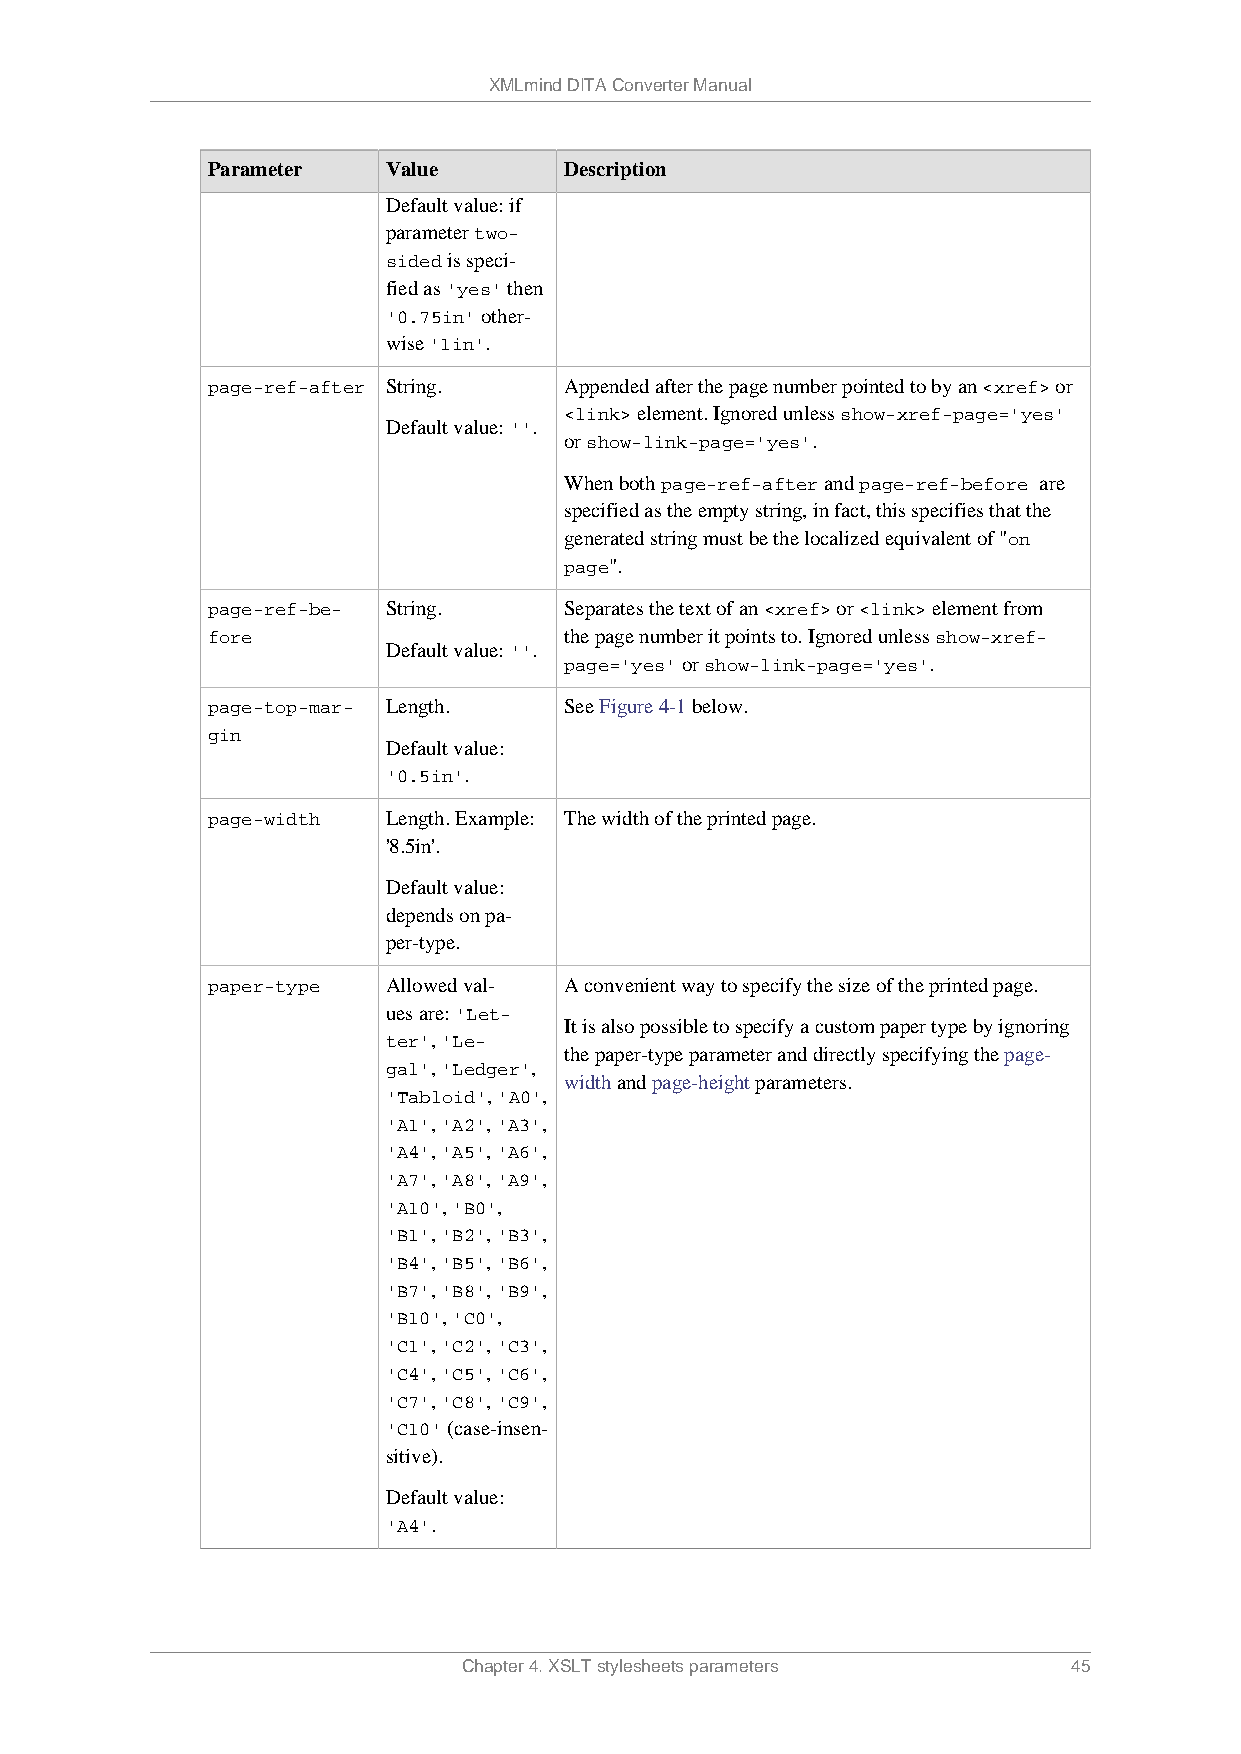
XMLmind DITA Converter Manual
 Parameter   Value      Description
 Default value: if
 parameter two-
 sided is speci-
 fied as 'yes' then
 '0.75in' other-
 wise '1in'.
 page-ref-after String. Appended after the page number pointed to by an <xref> or
 <link> element. Ignored unless show-xref-page='yes'
 Default value: ''.
 or show-link-page='yes'.
 When both page-ref-after and page-ref-before are
 specified as the empty string, in fact, this specifies that the
 generated string must be the localized equivalent of "on
 page".
 page-ref-be- String.   Separates the text of an <xref> or <link> element from
 fore                   the page number it points to. Ignored unless show-xref-
 Default value: ''.
 page='yes' or show-link-page='yes'.
 page-top-mar- Length.  See Figure 4-1 below.
 gin
 Default value:
 '0.5in'.
 page-width  Length. Example: The width of the printed page.
 '8.5in'.
 Default value:
 depends on pa-
 per-type.
 paper-type  Allowed val- A convenient way to specify the size of the printed page.
 ues are: 'Let-
 It is also possible to specify a custom paper type by ignoring
 ter', 'Le-
 the paper-type parameter and directly specifying the page-
 gal', 'Ledger',
 width and page-height parameters.
 'Tabloid', 'A0',
 'A1', 'A2', 'A3',
 'A4', 'A5', 'A6',
 'A7', 'A8', 'A9',
 'A10', 'B0',
 'B1', 'B2', 'B3',
 'B4', 'B5', 'B6',
 'B7', 'B8', 'B9',
 'B10', 'C0',
 'C1', 'C2', 'C3',
 'C4', 'C5', 'C6',
 'C7', 'C8', 'C9',
 'C10' (case-insen-
 sitive).
 Default value:
 'A4'.
 Chapter 4. XSLT stylesheets parameters  45